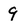
Character: 9